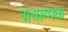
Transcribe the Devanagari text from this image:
नासात्मक